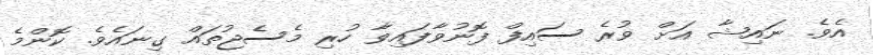
އެވެ. ނައިޝާ އަށް ވުރެ ސައިފް ފޮނުވާފައިވާ ހުރި މެސެޖުތައް ގިނައެވެ. ކޮންމެ